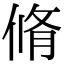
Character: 脩